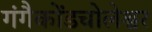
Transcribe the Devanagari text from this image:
गंगैकोंडचोलेश्वर